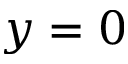
y = 0